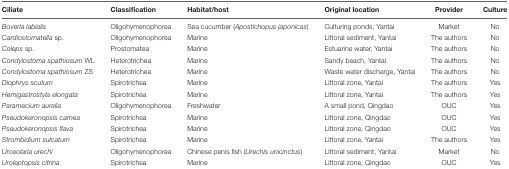
<table><thead><tr><td><b>Ciliate</b></td><td><b>Classification</b></td><td><b>Habitat/host</b></td><td><b>Original location</b></td><td><b>Provider</b></td><td><b>Culture</b></td></tr></thead><tbody><tr><td><i>Boveria labialis</i></td><td>Oligohymenophorea</td><td>Sea cucumber (<i>Apostichopus japonicas</i>)</td><td>Culturing ponds, Yantai</td><td>Market</td><td>No</td></tr><tr><td><i>Cardiostomatella</i> sp.</td><td>Oligohymenophorea</td><td>Marine</td><td>Littoral sediment, Yantai</td><td>The authors</td><td>No</td></tr><tr><td><i>Coleps</i> sp.</td><td>Prostomatea</td><td>Marine</td><td>Estuarine water, Yantai</td><td>The authors</td><td>No</td></tr><tr><td><i>Condylostoma spathiosum</i> WL</td><td>Heterotrichea</td><td>Marine</td><td>Sandy beach, Yantai</td><td>The authors</td><td>No</td></tr><tr><td><i>Condylostoma spathiosum</i> ZS</td><td>Heterotrichea</td><td>Marine</td><td>Waste water discharge, Yantai</td><td>The authors</td><td>No</td></tr><tr><td><i>Diophrys scutum</i></td><td>Spirotrichea</td><td>Marine</td><td>Littoral zone, Yantai</td><td>The authors</td><td>Yes</td></tr><tr><td><i>Hemigastrostyla elongata</i></td><td>Spirotrichea</td><td>Marine</td><td>Littoral zone, Yantai</td><td>The authors</td><td>Yes</td></tr><tr><td><i>Paramecium aurelia</i></td><td>Oligohymenophorea</td><td>Freshwater</td><td>A small pond, Qingdao</td><td>OUC</td><td>Yes</td></tr><tr><td><i>Pseudokeronopsis carnea</i></td><td>Spirotrichea</td><td>Marine</td><td>Littoral zone, Qingdao</td><td>OUC</td><td>Yes</td></tr><tr><td><i>Pseudokeronopsis flava</i></td><td>Spirotrichea</td><td>Marine</td><td>Littoral zone, Qingdao</td><td>OUC</td><td>Yes</td></tr><tr><td><i>Strombidium sulcatum</i></td><td>Spirotrichea</td><td>Marine</td><td>Littoral zone, Yantai</td><td>The authors</td><td>Yes</td></tr><tr><td><i>Urceolaria urechi</i></td><td>Oligohymenophorea</td><td>Chinese penis fish (<i>Urechis unicinctus</i>)</td><td>Littoral sediment, Yantai</td><td>Market</td><td>No</td></tr><tr><td><i>Uroleptopsis citrina</i></td><td>Spirotrichea</td><td>Marine</td><td>Littoral zone, Qingdao</td><td>OUC</td><td>Yes</td></tr></tbody></table>